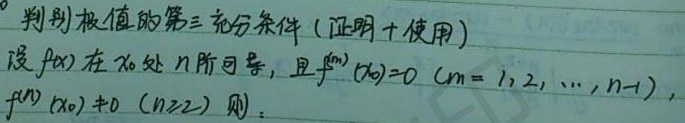
判别极值的第三充分条件 (证明+使用)
设\(f(x)\)在\(x_0\)处\(n\)阶可导，且\(f^{(m)}(x_0)=0\ (m = 1,2,\cdots,n - 1)\)，\(f^{(n)}(x_0)\neq0\ (n\geq2)\)，则：